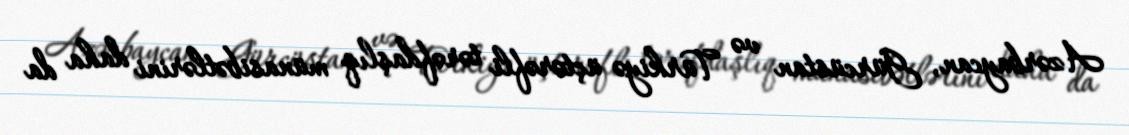
Azərbaycan, Gürcüstan və Türkiyə üçtərəfli tərəfdaşlıq münasibətlərini daha da